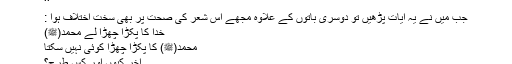
‘‘
جب میں نے یہ آیات پڑھیں تو دوسری باتوں کے علاوہ مجھے اس شعر کی صحت پر بھی سخت اختلاف ہوا :
خدا کا پکڑا چھڑا لے محمد(ﷺ)
محمد(ﷺ) کا پکڑا چھڑا کوئی نہیں سکتا
آخر کیوں اور کس طرح؟